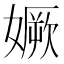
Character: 㜧